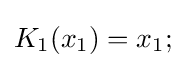
K_{1}(x_{1})=x_{1};